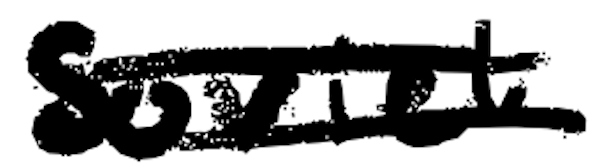
Text: Soviet
Cross-out: double-line
Writing tool: digital_black